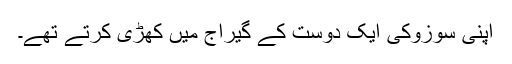
اپنی سوزوکی ایک دوست کے گیراج میں کھڑی کرتے تھے۔